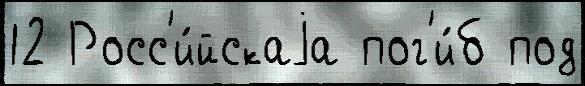
12 Росс'и́йскаjа пог'и́б под